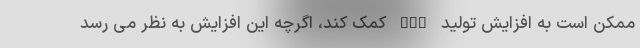
ممکن است به افزایش تولید HGH کمک کند، اگرچه این افزایش به نظر می رسد